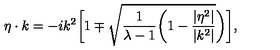
\eta \cdot k = - i k ^ { 2 } \biggl [ 1 \mp \sqrt { { \frac { 1 } { \lambda - 1 } } \biggl ( 1 - { \frac { | \eta ^ { 2 } | } { | k ^ { 2 } | } } } \biggr ) \biggr ] ,